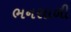
ભનસાળી